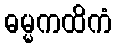
ဓမ္မကထိကံ